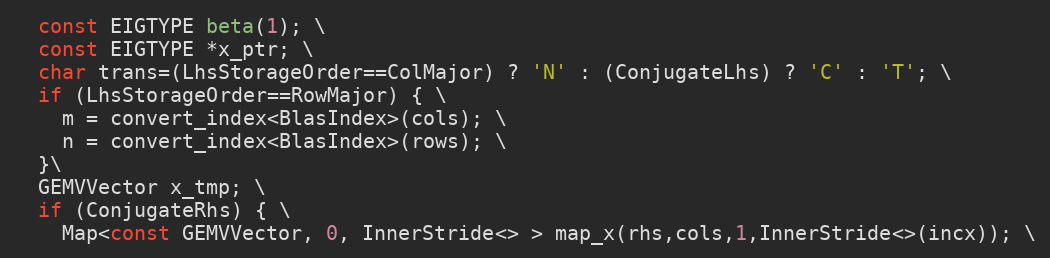
Language: C
  const EIGTYPE beta(1); \
  const EIGTYPE *x_ptr; \
  char trans=(LhsStorageOrder==ColMajor) ? 'N' : (ConjugateLhs) ? 'C' : 'T'; \
  if (LhsStorageOrder==RowMajor) { \
    m = convert_index<BlasIndex>(cols); \
    n = convert_index<BlasIndex>(rows); \
  }\
  GEMVVector x_tmp; \
  if (ConjugateRhs) { \
    Map<const GEMVVector, 0, InnerStride<> > map_x(rhs,cols,1,InnerStride<>(incx)); \